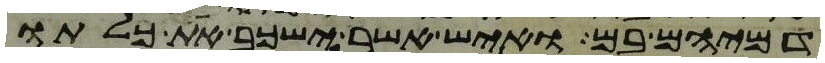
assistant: דמיהם בם ואיש אשר ישכב את כלתו